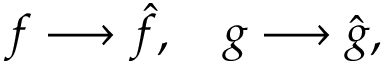
f \longrightarrow \hat { f } , \quad g \longrightarrow \hat { g } ,